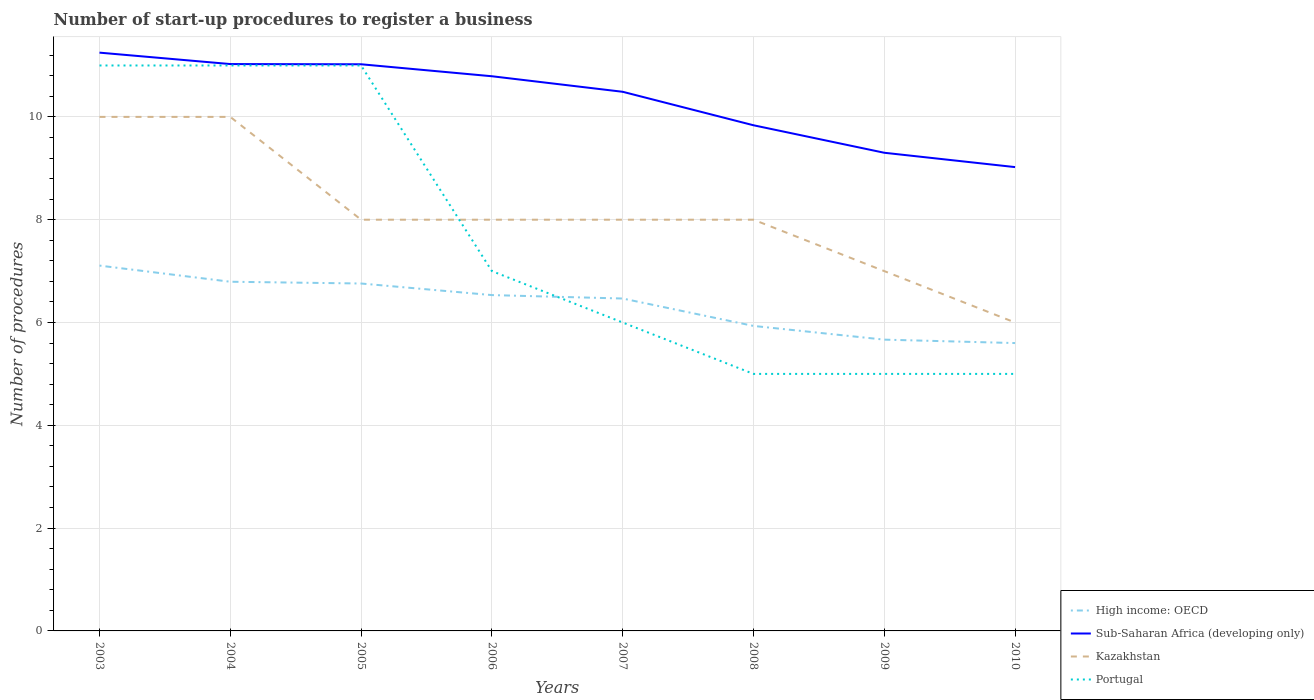
| Years | High income: OECD | Sub-Saharan Africa (developing only) | Kazakhstan | Portugal |
 | --- | --- | --- | --- | --- |
 | 2003 | 7.11 | 11.2 | 10 | 11 |
 | 2004 | 6.79 | 11 | 10 | 11 |
 | 2005 | 6.76 | 11 | 8 | 11 |
 | 2006 | 6.53 | 10.8 | 8 | 7 |
 | 2007 | 6.47 | 10.5 | 8 | 6 |
 | 2008 | 5.93 | 9.84 | 8 | 5 |
 | 2009 | 5.67 | 9.3 | 7 | 5 |
 | 2010 | 5.6 | 9.02 | 6 | 5 |